system: You are a helpful assistant.
user:
Analyze the provided spectrum to determine if it is a **Carbon Star (C-type)**.

- **Key Visual Indicators of Carbon Star:**
    - **(Primary):** Strong molecular absorption from **C₂ (diatomic carbon) "Swan Bands."** This is the **defining feature** of a carbon star.
        - **(Key Bandheads):** Sharp absorption edges are visible at approximately $5635$ Å, $5165$ Å (the strongest band), and $4737$ Å.
        - **(Line Profile):** Creates a distinct **"saw-tooth"** pattern. The key morphology is a sharp, steep bandhead on the **red (long-wavelength) side**, which then gradually tapers off (i.e., flux recovers) towards the **blue (short-wavelength) side**. *(This is the direct opposite of the TiO bands seen in M-type stars)*.

    - **(Secondary):** Intense **CN (cyanogen)** molecular absorption bands.
        - **(Key Bandheads):** Located in the blue and violet regions of the spectrum (e.g., near $4215$ Å and $3883$ Å).
        - **(Morphology):** These bands are extremely broad and act as a "blanket," absorbing the vast majority of blue and violet light. This creates a characteristic **"cliff"** or **"steep drop-off"** in the spectrum's flux at short wavelengths.

    - **(Key Confirmation):** Strong **CH absorption band (G-band)**.
        - **(Key Bandhead):** Located around $4300$ Å. The contribution from CH molecules to this band is exceptionally strong.

    - **(Overall Spectrum):**
        - The continuum is severely "chopped up" by these deep molecular bands, especially C₂, rather than appearing as a smooth curve.
        - Due to the heavy CN and C₂ absorption in the blue-green, the vast majority of the star's flux is concentrated in the red part of the spectrum, giving the star its characteristic deep red color.

Think first, call **spectral_visualization_tool** if needed to examine features in detail, then provide your final answer. Your response must adhere to the following strict rules:
1.  **Overall Structure:** Your response must follow the format `<think>...</think> <tool_call>...</tool_call> (if a tool is used) <answer>...</answer>`.
2.  **Tool Usage Constraint:** You may only make **one** tool call per turn.
3.  **Final Answer Format:** In the `<answer>` tag, your conclusion must be inside a `\boxed{}` command (e.g., `\boxed{YES}`), followed by your justification.

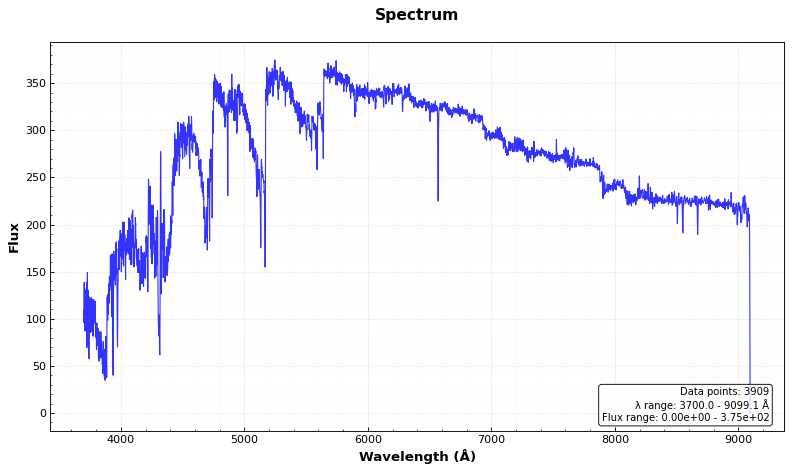
Answer: YES